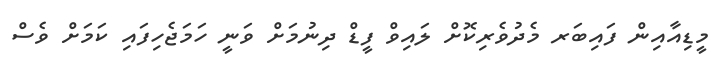
މީޑިއާއިން ފައިބަރ މެދުވެރިކޮށް ލައިވް ފީޑް ދިނުމަށް ވަނީ ހަމަޖެހިފައި ކަމަށް ވެސް